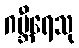
ဂမ္ဘီရေသု